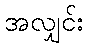
အလျှင်း